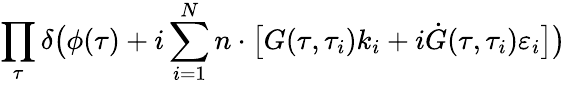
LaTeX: \prod_{\tau}\delta\bigl(\phi(\tau)+i\sum_{i=1}^{N}n\cdot\bigl\lbrack G(\tau,\tau_{i})k_{i}+i\dot{G}(\tau,\tau_{i})\varepsilon_{i}\bigr\rbrack\bigr)